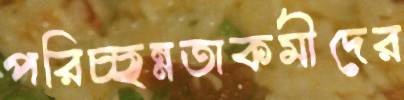
পরিচ্ছন্নতাকর্মীদের